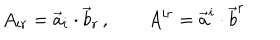
A _ { i r } = \vec { a } _ { i } \cdot \vec { b } _ { r } \, , \qquad A ^ { i r } = \vec { a } ^ { i } \cdot \vec { b } ^ { r }